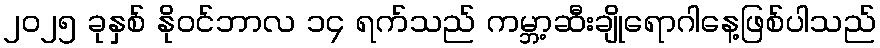
၂၀၂၅ ခုနှစ် နိုဝင်ဘာလ ၁၄ ရက်သည် ကမ္ဘာ့ဆီးချိုရောဂါနေ့ဖြစ်ပါသည်